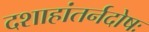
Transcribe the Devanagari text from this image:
दशाहांतर्नदोषः